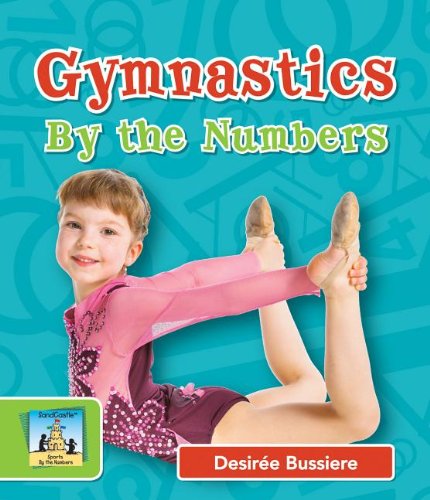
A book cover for Gymnastics by the Numbers (Sports By the Numbers); DesirÃ©e Bussiere; Children's Books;